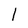
Character: l